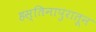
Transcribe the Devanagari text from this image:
हस्तिनापुरातून